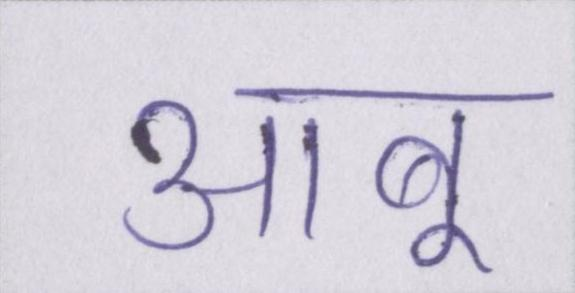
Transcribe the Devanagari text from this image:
आबू